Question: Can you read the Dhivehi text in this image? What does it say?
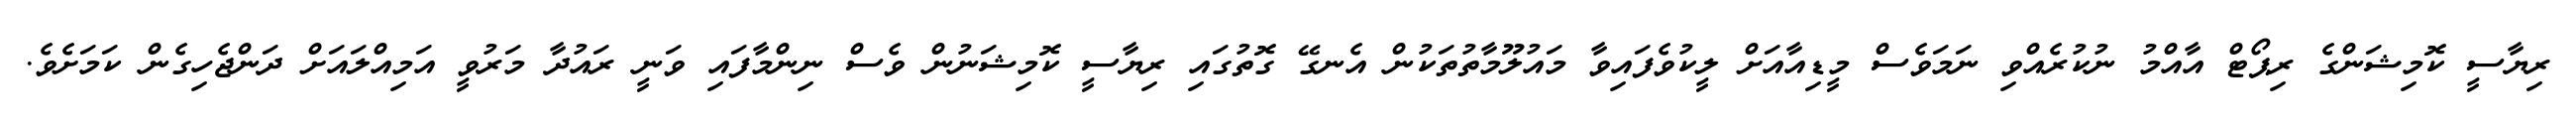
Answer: ރިޔާސީ ކޮމިޝަންގެ ރިޕޯޓް އާއްމު ނުކުރެއްވި ނަމަވެސް މީޑިއާއަށް ލީކުވެފައިވާ މައުލޫމާތުތަކުން އެނގޭ ގޮތުގައި ރިޔާސީ ކޮމިޝަނުން ވެސް ނިންމާފައި ވަނީ ރައުދާ މަރުވީ އަމިއްލައަށް ދަންޖެހިގެން ކަމަށެވެ.